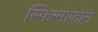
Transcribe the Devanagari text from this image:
स्फिग्मोफोन